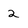
Character: 2